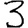
Digit: 3